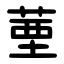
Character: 䓰